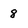
Character: 8